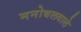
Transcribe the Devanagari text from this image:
मनोबलवाले